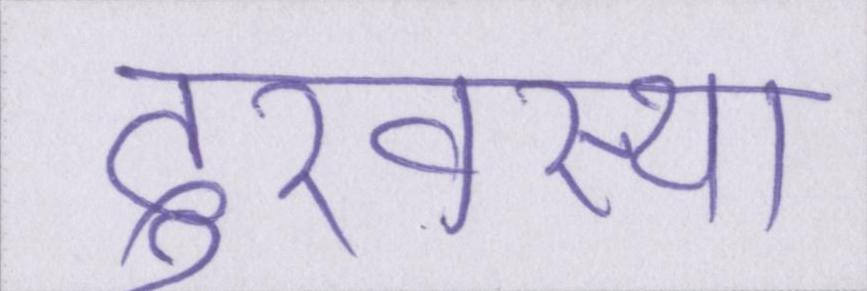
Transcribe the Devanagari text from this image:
दुरवस्था